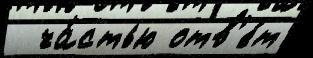
  ча́стью отв'е́т